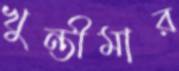
খুন্তীমার